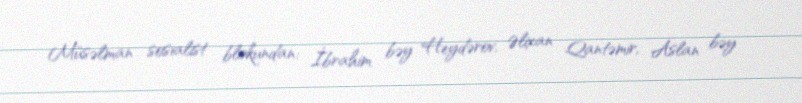
Müsəlman sosialist blokundan: İbrahim bəy Heydərov, Əlixan Qantəmir, Aslan bəy